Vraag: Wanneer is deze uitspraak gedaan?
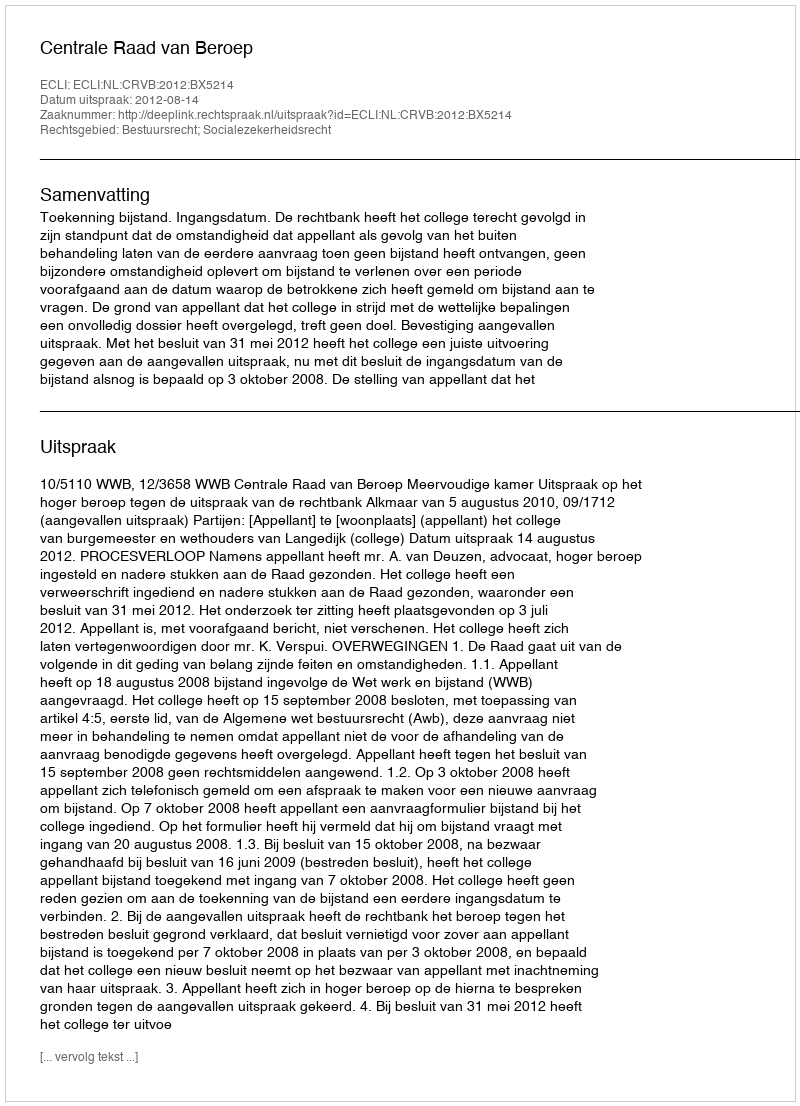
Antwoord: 2012-08-14